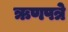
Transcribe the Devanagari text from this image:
ऋणपत्रे